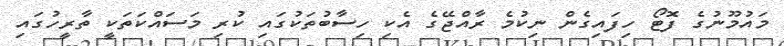
މައުމޫނުގެ ފޮޓޯ ހިފައިގެން ނިކުމެ ރާއްޖޭގެ އެކި ހިސާބުތަކުގައި ކުރި މަސައްކަތަކީ ތާރީހުގައި